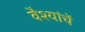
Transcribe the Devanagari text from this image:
वैश्यांचें